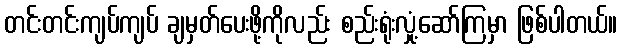
တင်းတင်းကျပ်ကျပ် ချမှတ်ပေးဖို့ကိုလည်း စည်းရုံးလှုံ့ဆော်ကြမှာ ဖြစ်ပါတယ်။